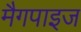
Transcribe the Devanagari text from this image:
मैगपाइज